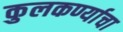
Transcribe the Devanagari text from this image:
कुलकर्ण्याचा